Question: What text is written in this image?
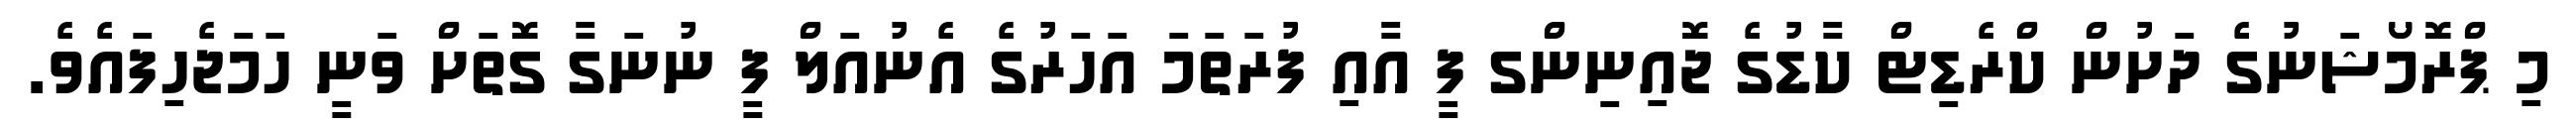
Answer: މި ޕްރޮމޯޝަނުގެ ދަށުން ކްރެޑިޓް ކާޑުގެ ޖޮއިނިންގ ފީ އާއި ފުރަތަމަ އަހަރުގެ އެނުއަލް ފީ ނުނަގާ ގޮތަށް ވަނީ ހަމަޖެހިފައެވެ.